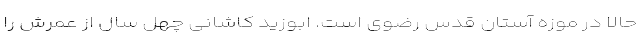
حالا در موزه آستان قدس رضوی است. ابوزید کاشانی چهل سال از عمرش را